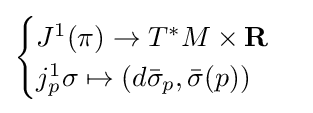
{\begin{cases}J^{1}(\pi )\to T^{*}M\times \mathbf {R} \\j_{p}^{1}\sigma \mapsto \left(d{\bar {\sigma }}_{p},{\bar {\sigma }}(p)\right)\end{cases}}